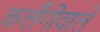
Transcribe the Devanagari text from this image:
कलँगीवाले